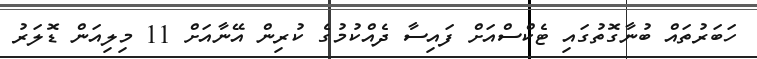
ހަބަރުތައް ބުނާގޮތުގައި ޓެކްސްއަށް ފައިސާ ދެއްކުމުގެ ކުރިން އޭނާއަށް 11 މިލިއަން ޑޮލަރު